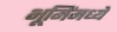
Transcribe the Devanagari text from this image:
भूमिंमध्ये